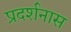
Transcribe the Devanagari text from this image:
प्रदर्शनास